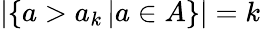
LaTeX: \vert\{ a>a_{k}\, \vert a\in A\} \vert=k